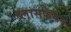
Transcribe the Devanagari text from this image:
ब्लासफेमस